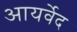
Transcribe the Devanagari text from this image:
आयर्वेद